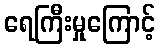
ရေကြီးမှုကြောင့်